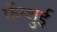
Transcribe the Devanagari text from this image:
फेंग्शुई